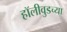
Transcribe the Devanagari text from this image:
हॉलीवुडच्या